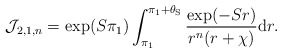
\begin{align*}\mathcal{J}_{2,1,n} = \exp({S\pi_1}) \int_{\pi_1}^{\pi_1+\theta_{\mathrm{S}}} \frac{\exp({-Sr})}{ r^n (r+ \chi)} \mathrm{d}r.\end{align*}